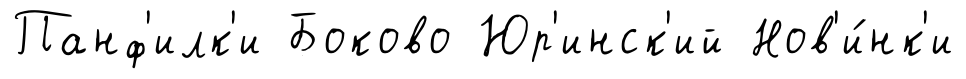
Панф'илк'и Боково Юр'инск'ий Нов'и́нк'и